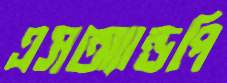
এসঅ্যান্ডপি